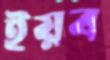
ইয়ব